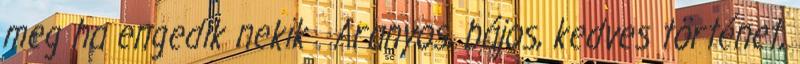
meg ha engedik nekik . Aranyos, bájos, kedves történet,